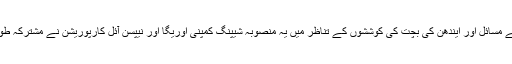
ماحولیاتی آلودگی کے مسائل اور ایندھن کی بچت کی کوششوں کے تناظر میں یہ منصوبہ شیپنگ کمپنی اوریگا اور نیپسن آئل کارپوریشن نے مشترکہ طور پر شروع کیا تھا۔